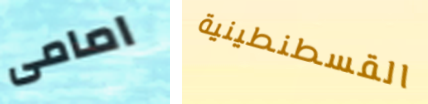
امامى القسطنطينية